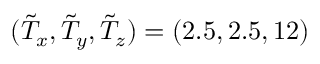
( \tilde { T } _ { x } , \tilde { T } _ { y } , \tilde { T } _ { z } ) = ( 2 . 5 , 2 . 5 , 1 2 )